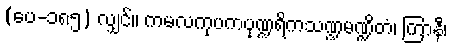
(ပေ-၁၈၅) လျှင်။ ကမလကုပကပုဏ္ဍရိကသဏ္ဍမဏ္ဍိတံ၊ ကြာနီ၊